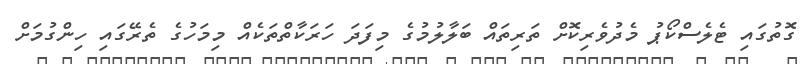
ގޮތުގައި ޓެލެސްކޯޕު މެދުވެރިކޮށް ތަރިތައް ބަލާލުމުގެ މިފަދަ ހަރަކާތްތަކެއް މިމަހުގެ ތެރޭގައި ހިންގުމަށް